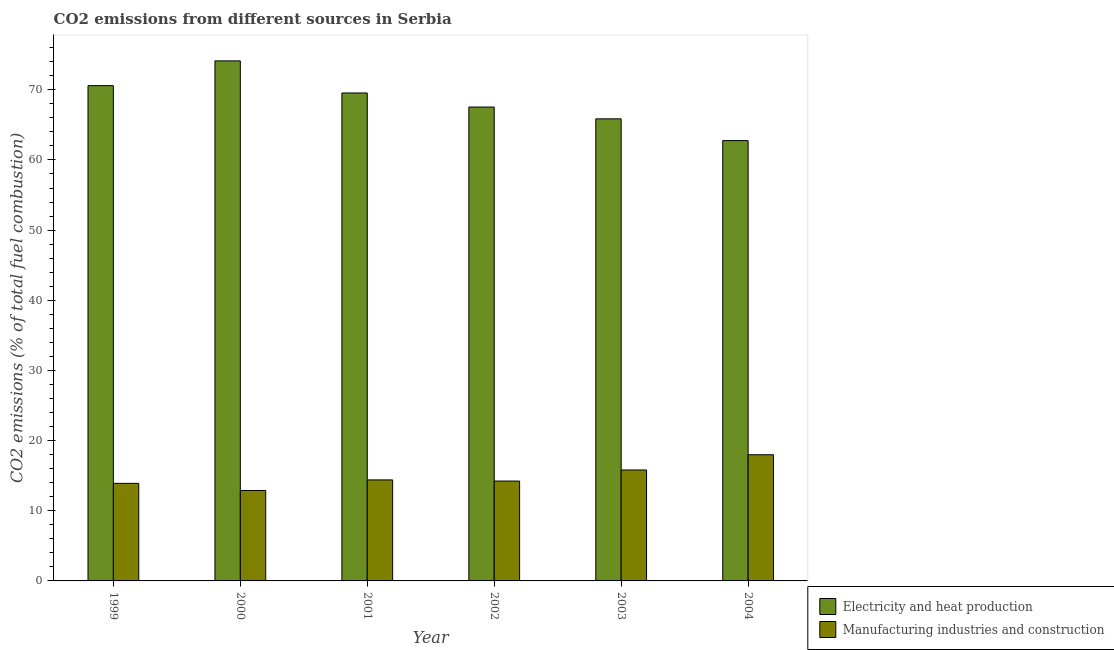
| Year | Electricity and heat production | Manufacturing industries and construction |
 | --- | --- | --- |
 | 1999 | 70.6 | 13.9 |
 | 2000 | 74.1 | 12.9 |
 | 2001 | 69.5 | 14.4 |
 | 2002 | 67.5 | 14.2 |
 | 2003 | 65.9 | 15.8 |
 | 2004 | 62.8 | 18 |